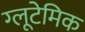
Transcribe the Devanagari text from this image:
ग्लूटेमिक